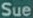
Sue